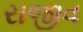
રાજીવ